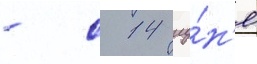
- с 14 иу́н'я